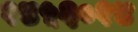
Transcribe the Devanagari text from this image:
१४५६०१४